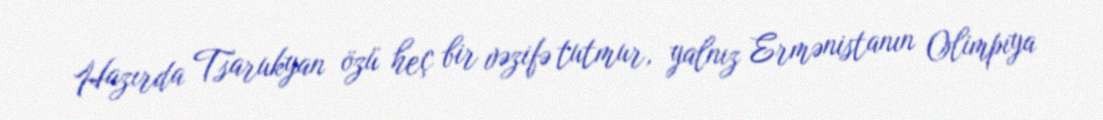
Hazırda Tsarukyan özü heç bir vəzifə tutmur, yalnız Ermənistanın Olimpiya